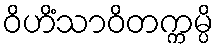
ဝိဟိံသာဝိတက္ကမ္ပိ